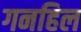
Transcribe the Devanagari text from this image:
गनहिल